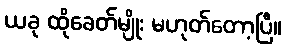
ယခု ထိုခေတ်မျိုး မဟုတ်တော့ပြီ။